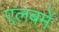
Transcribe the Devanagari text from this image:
एलबमें